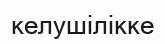
келушілікке